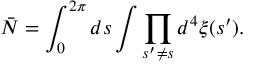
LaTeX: { \bar { N } } = \int _ { 0 } ^ { 2 \pi } d s \int \prod _ { s ^ { \prime } \neq s } d ^ { 4 } \xi ( s ^ { \prime } ) .